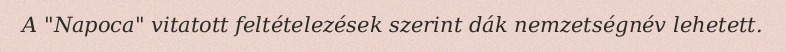
A "Napoca" vitatott feltételezések szerint dák nemzetségnév lehetett.